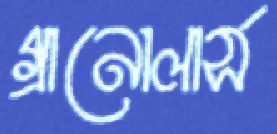
গ্রানোলার্স